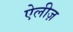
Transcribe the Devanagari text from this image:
ऐलीज़